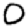
Digit: 0